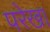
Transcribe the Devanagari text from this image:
परेखा